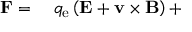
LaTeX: \begin{array} { r l } { \mathbf { F } = { } } & { { } q _ { \mathrm { e } } \left( \mathbf { E } + \mathbf { v } \times \mathbf { B } \right) + } \end{array}